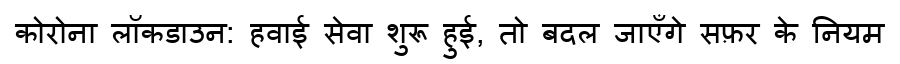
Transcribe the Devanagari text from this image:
कोरोना लॉकडाउन: हवाई सेवा शुरू हुई, तो बदल जाएँगे सफ़र के नियम